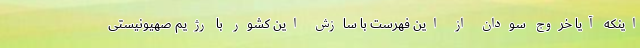
اینکه آیا خروج سودان از این فهرست با سازش این کشور با رژیم صهیونیستی